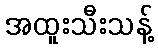
အထူးသီးသန့်